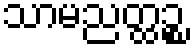
သာမညတ္ထဉ္စ